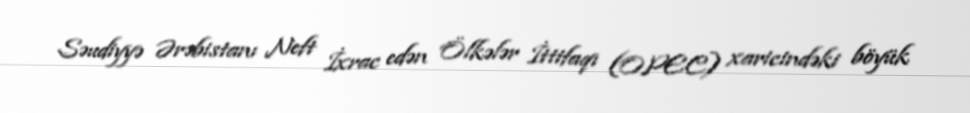
Səudiyyə Ərəbistanı Neft İxrac edən Ölkələr İttifaqı (OPEC) xaricindəki böyük